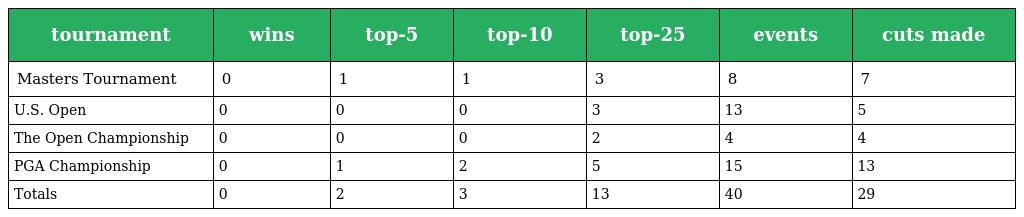
| tournament | wins | top-5 | top-10 | top-25 | events | cuts made |
 | --- | --- | --- | --- | --- | --- | --- |
 | Masters Tournament | 0 | 1 | 1 | 3 | 8 | 7 |
 | U.S. Open | 0 | 0 | 0 | 3 | 13 | 5 |
 | The Open Championship | 0 | 0 | 0 | 2 | 4 | 4 |
 | PGA Championship | 0 | 1 | 2 | 5 | 15 | 13 |
 | Totals | 0 | 2 | 3 | 13 | 40 | 29 |